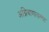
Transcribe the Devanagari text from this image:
अग्निबाणातल्या